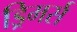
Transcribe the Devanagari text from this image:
ड्रिमर्स